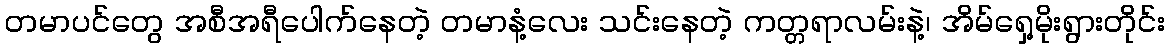
တမာပင်တွေ အစီအရီပေါက်နေတဲ့ တမာနံ့လေး သင်းနေတဲ့ ကတ္တရာလမ်းနဲ့၊ အိမ်ရှေ့မိုးရွားတိုင်း